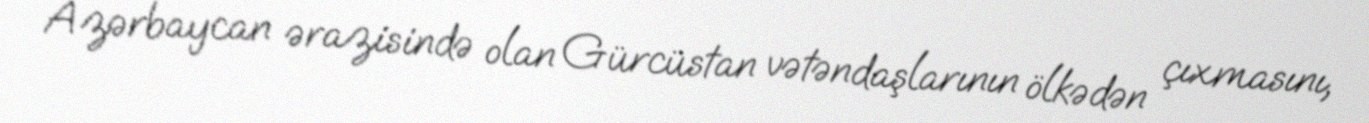
Azərbaycan ərazisində olan Gürcüstan vətəndaşlarının ölkədən çıxmasını,